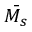
\bar { \boldsymbol { M _ { s } } }